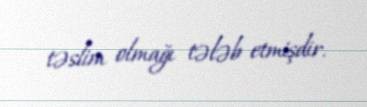
təslim olmağı tələb etmişdir.